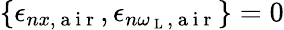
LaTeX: \left\{ \epsilon_{nx,\mathrm{~a~i~r~}},\epsilon_{n\omega_{\mathrm{~L~}},\mathrm{~a~i~r~}}\right\} =0